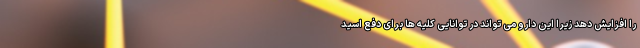
را افزایش دهد زیرا این دارو می تواند در توانایی کلیه ها برای دفع اسید